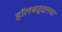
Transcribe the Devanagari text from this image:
हॉलबद्दलचा